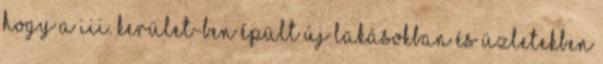
hogy a III. kerület-ben épült új lakásokban és üzletekben